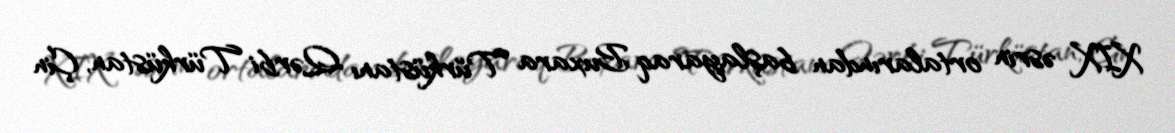
XIX əsrin ortalarından başlayaraq Buxara Türküstanı Qərbi Türküstan, Çin